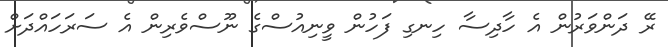
ރޭ ދަންވަރުން އެ ހާދިސާ ހިނގި ފަހުން ވީނިއުސްގެ ނޫސްވެރިން އެ ސަރަހައްދަށް